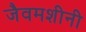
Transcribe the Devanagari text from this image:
जैवमशीनी